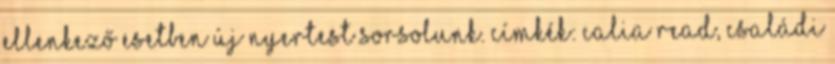
ellenkező esetben új nyertest sorsolunk. Címkék: Calia Read, családi